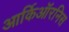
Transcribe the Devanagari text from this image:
आर्किऑरनिस